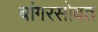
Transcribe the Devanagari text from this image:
बांगरसोबत